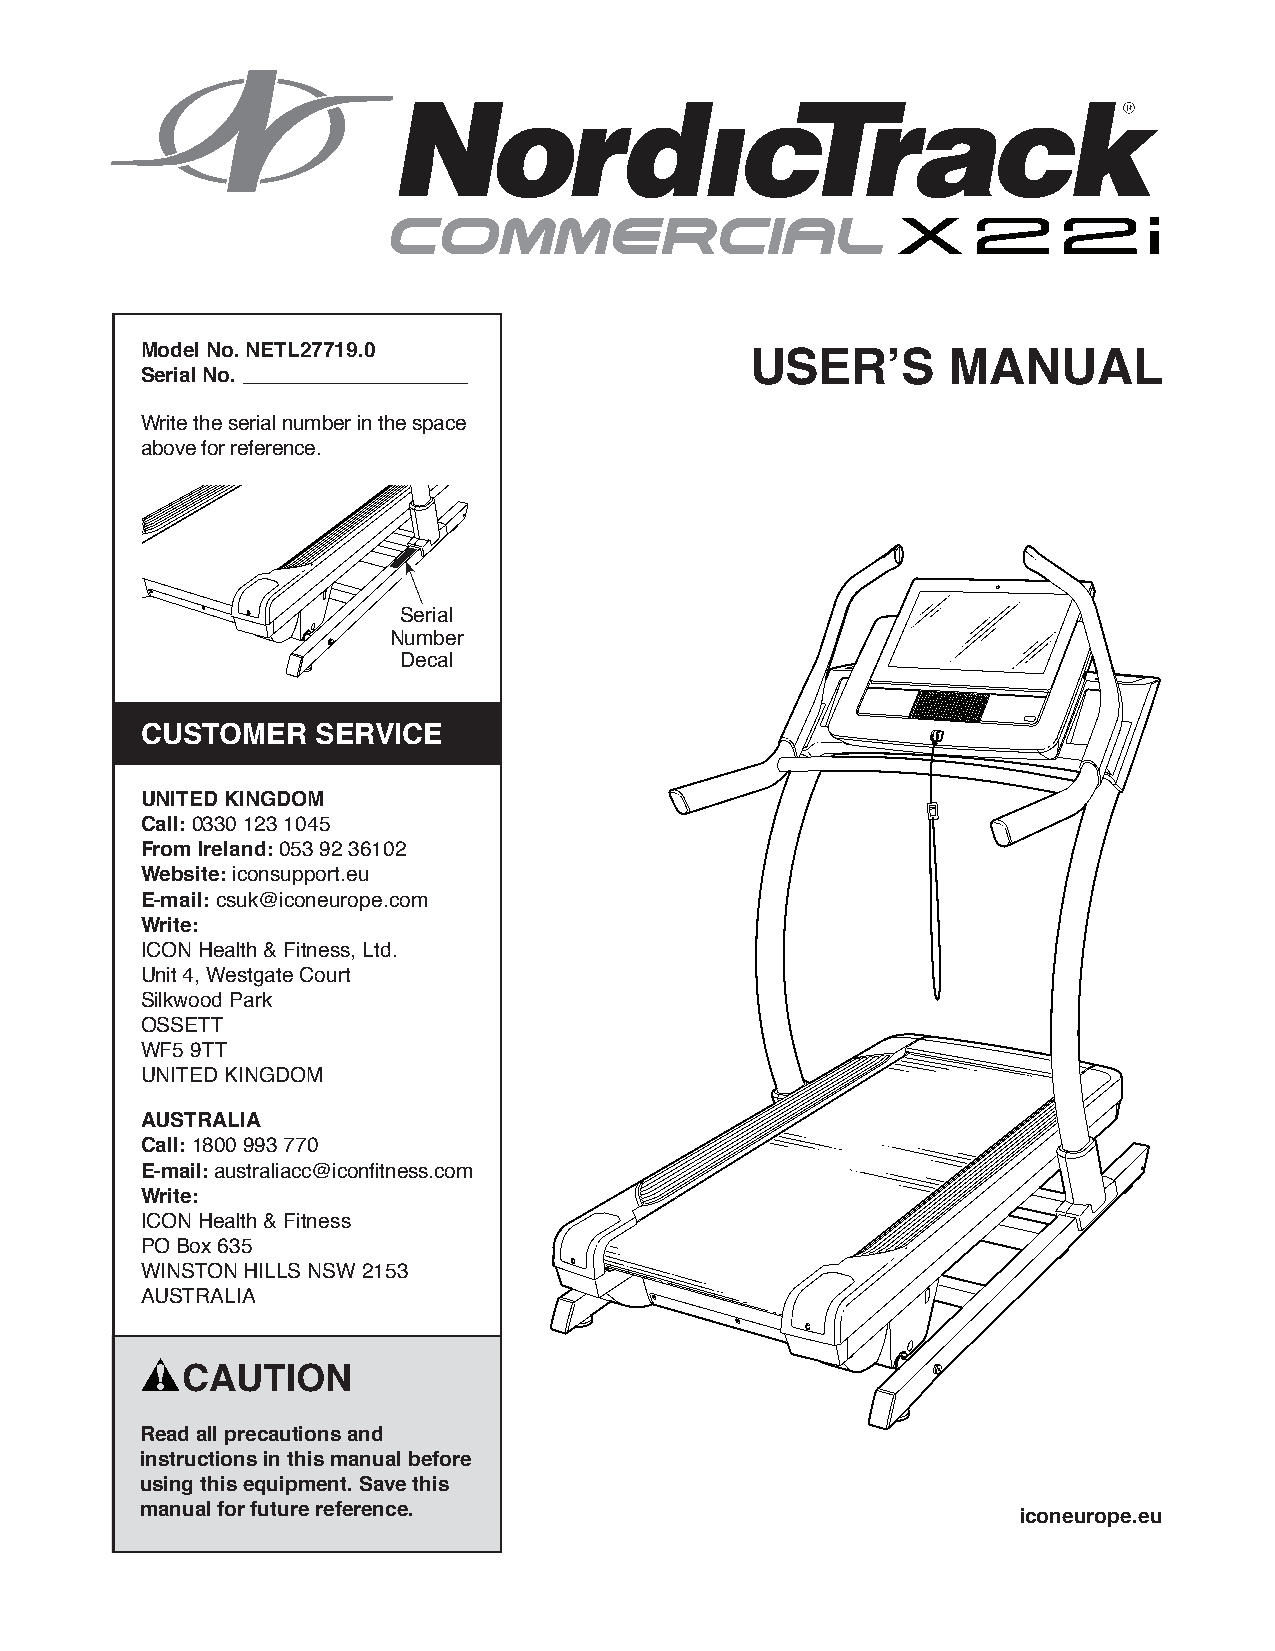
Model No. NETL27719.0                    USER’S       MANUAL
 Serial No.
 Write the serial number in the space
 above for reference.
 Serial
 Number
 Decal
 CUSTOMER    SERVICE
 UNITED KINGDOM
 Call: 0330 123 1045
 From Ireland: 053 92 36102
 Website: iconsupport.eu
 E-mail: csuk@iconeurope.com
 Write:
 ICON Health & Fitness, Ltd.
 Unit 4, Westgate Court
 Silkwood Park
 OSSETT
 WF5 9TT
 UNITED KINGDOM
 AUSTRALIA
 Call: 1800 993 770
 E-mail: australiacc@iconfitness.com
 Write:
 ICON Health & Fitness
 PO Box 635
 WINSTON HILLS NSW 2153
 AUSTRALIA
 CAUTION
 Read all precautions and
 instructions in this manual before
 using this equipment. Save this
 manual for future reference.
 iconeurope.eu